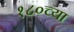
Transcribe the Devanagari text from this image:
१८०च्या